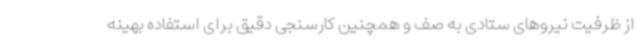
از ظرفیت نیروهای ستادی به صف و همچنین کارسنجی دقیق برای استفاده بهینه